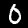
Digit: 0